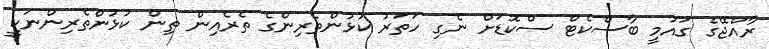
ރާއްޖޭގެ ގައުމީ ބާސްކެޓް ސްކޮޑަށް ނެގި ހަތަރު ކުޅުންތެރިންގެ ތެރެއިން ތިން ކުޅުންތެރިންނަކީ